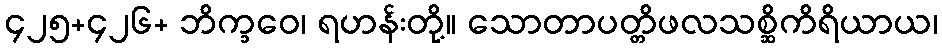
၄၂၅+၄၂၆+ ဘိက္ခဝေ၊ ရဟန်းတို့။ သောတာပတ္တိဖလသစ္ဆိကိရိယာယ၊